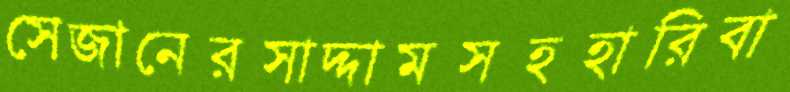
সেজানেরসাদ্দামসহহারিবা